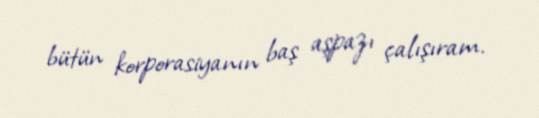
bütün korporasiyanın baş aşpazı çalışıram.